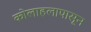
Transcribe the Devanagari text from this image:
कोलाहलापासून